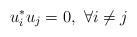
LaTeX: \begin{align*} u^*_iu_j=0, \ \forall i \neq j\end{align*}